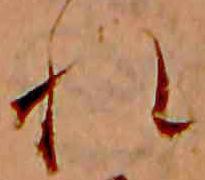
れ